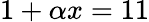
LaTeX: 1+\alpha x=11